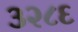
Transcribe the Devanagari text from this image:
३२८६